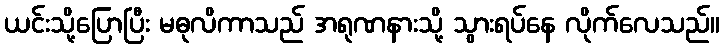
ယင်းသို့ပြောပြီး မဓုလိကာသည် အရုဏနားသို့ သွားရပ်နေ လိုက်လေသည်။